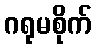
ဂရုမစိုက်